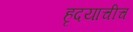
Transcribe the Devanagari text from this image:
हृदयाचीच